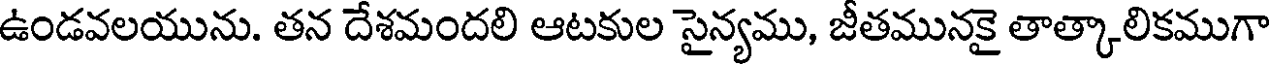
ఉండవలయును. తన దేశమందలి ఆటకుల సైన్యము, జీతమునకై తాత్కాలికముగా